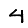
Digit: 4